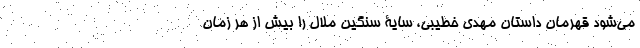
می‌شود قهرمان داستان مهدی خطیبی، سایۀ سنگین ملال را بیش از هر زمان